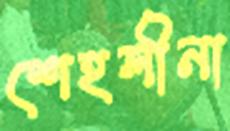
শেহলীনা